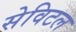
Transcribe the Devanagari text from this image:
सेविटल